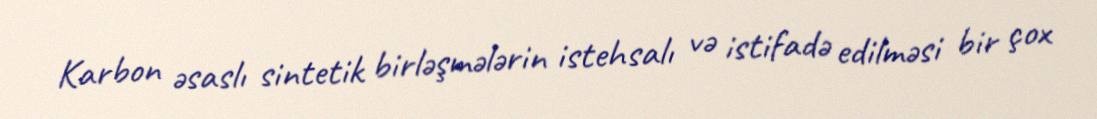
Karbon əsaslı sintetik birləşmələrin istehsalı və istifadə edilməsi bir çox